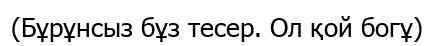
(Бұрұнсыз бұз тесер. Ол қой богұ)